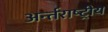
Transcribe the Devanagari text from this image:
अर्न्‍तराष्‍ट्रीय